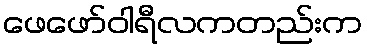
ဖေဖော်ဝါရီလကတည်းက